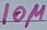
Text: 10µ